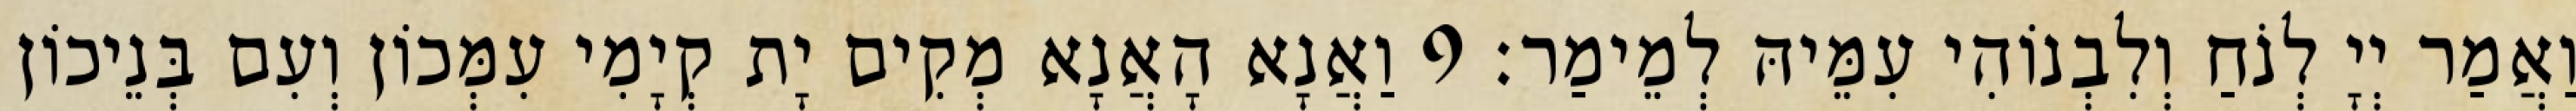
וַאֲמַר יְיָ לְנֹחַ וְלִבְנוֹהִי עִמֵּיהּ לְמֵימַר׃ 9 וַאֲנָא הָאֲנָא מְקִים יָת קְיָמִי עִמְּכוֹן וְעִם בְּנֵיכוֹן